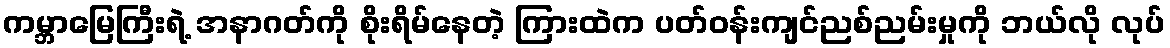
ကမ္ဘာမြေကြီးရဲ့ အနာဂတ်ကို စိုးရိမ်နေတဲ့ ကြားထဲက ပတ်ဝန်းကျင်ညစ်ညမ်းမှုကို ဘယ်လို လုပ်